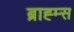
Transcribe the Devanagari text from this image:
ब्राह्म्स